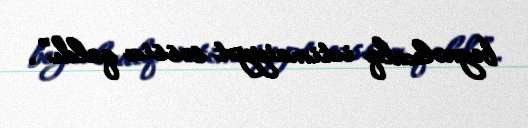
beynəlxalq ictimaiyyət səssiz qaldı”.